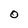
Character: 0